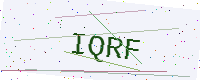
Text: IQRF